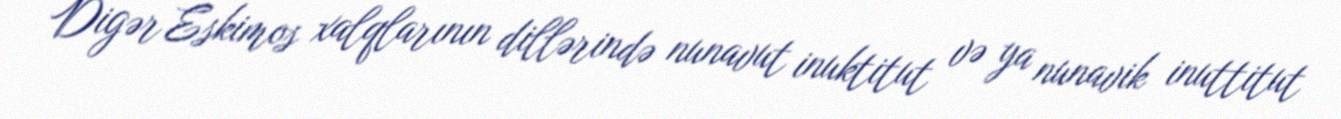
Digər Eskimos xalqlarının dillərində nunavut inuktitut və ya nunavik inuttitut